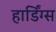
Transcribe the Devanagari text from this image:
हार्डिंग्स